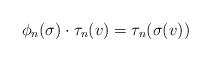
LaTeX: \begin{align*}\phi_n ( \sigma ) \cdot \tau_n ( v ) = \tau_n ( \sigma ( v ) )\end{align*}